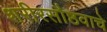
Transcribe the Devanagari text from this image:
शरीरसौष्ठवाचे